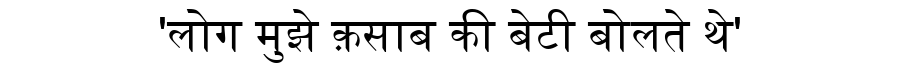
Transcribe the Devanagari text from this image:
'लोग मुझे क़साब की बेटी बोलते थे'